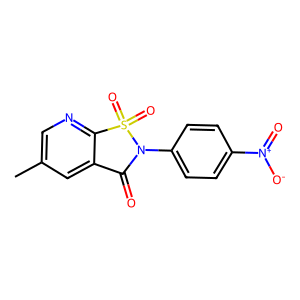
SMILES: Cc1cnc2c(c1)C(=O)N(c1ccc([N+](=O)[O-])cc1)S2(=O)=O
Inhibits HIV replication: No